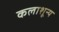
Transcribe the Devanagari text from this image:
कलाशून्य